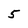
Character: 5